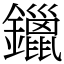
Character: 鑞